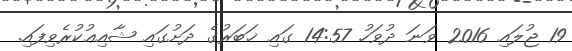
19 ޖުލައި 2016 ވަނަ ދުވަހު 14:57 ގައި ޚަބަރުގެ ދަށުގައި ޝާއިޢުކުރެވިފައި.